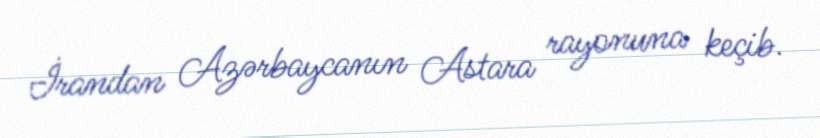
İrandan Azərbaycanın Astara rayonuna keçib.